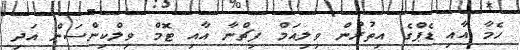
ހެމާ އާއި ޑެޕްގެ އިތުރުން ވިލިއަމް ފިޗްނާ އާއި ޓޮމް ވިލްކިންސަން އަދި